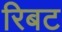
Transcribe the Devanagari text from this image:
रिबट